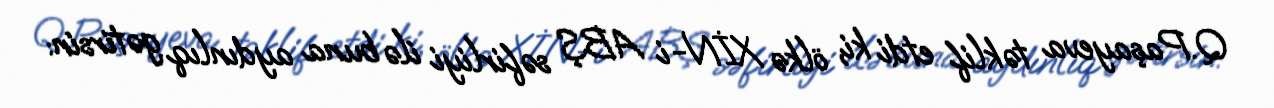
Q.Paşayeva təklif etdi ki, ölkə XİN-i ABŞ səfirliyi ilə buna aydınlıq gətirsin: